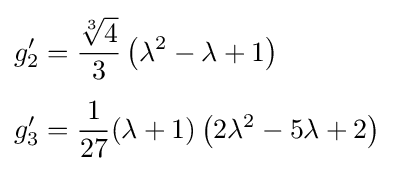
{\begin{aligned}g_{2}'&={\frac {\sqrt[{3}]{4}}{3}}\left(\lambda ^{2}-\lambda +1\right)\\[4pt]g_{3}'&={\frac {1}{27}}(\lambda +1)\left(2\lambda ^{2}-5\lambda +2\right)\end{aligned}}